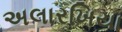
અલારખિયા